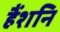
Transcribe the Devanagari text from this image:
हैंशनि